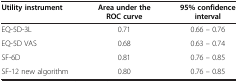
| Utility instrument | Area under the ROC curve | 95% confidence interval |
 | --- | --- | --- |
 | EQ-5D-3L | 0.71 | 0.66 – 0.76 |
 | EQ-5D VAS | 0.68 | 0.63 – 0.74 |
 | SF-6D | 0.81 | 0.76 – 0.85 |
 | SF-12 new algorithm | 0.80 | 0.76 – 0.85 |